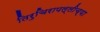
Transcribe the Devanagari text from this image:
तिरुचिरापल्लीच्या